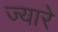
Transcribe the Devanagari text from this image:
ज्यारे